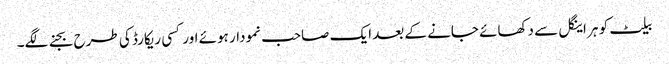
بیلٹ کو ہر اینگل سے دکھائے جانے کے بعد ایک صاحب نمودار ہوئے اور کسی ریکارڈ کی طرح بجنے لگے۔